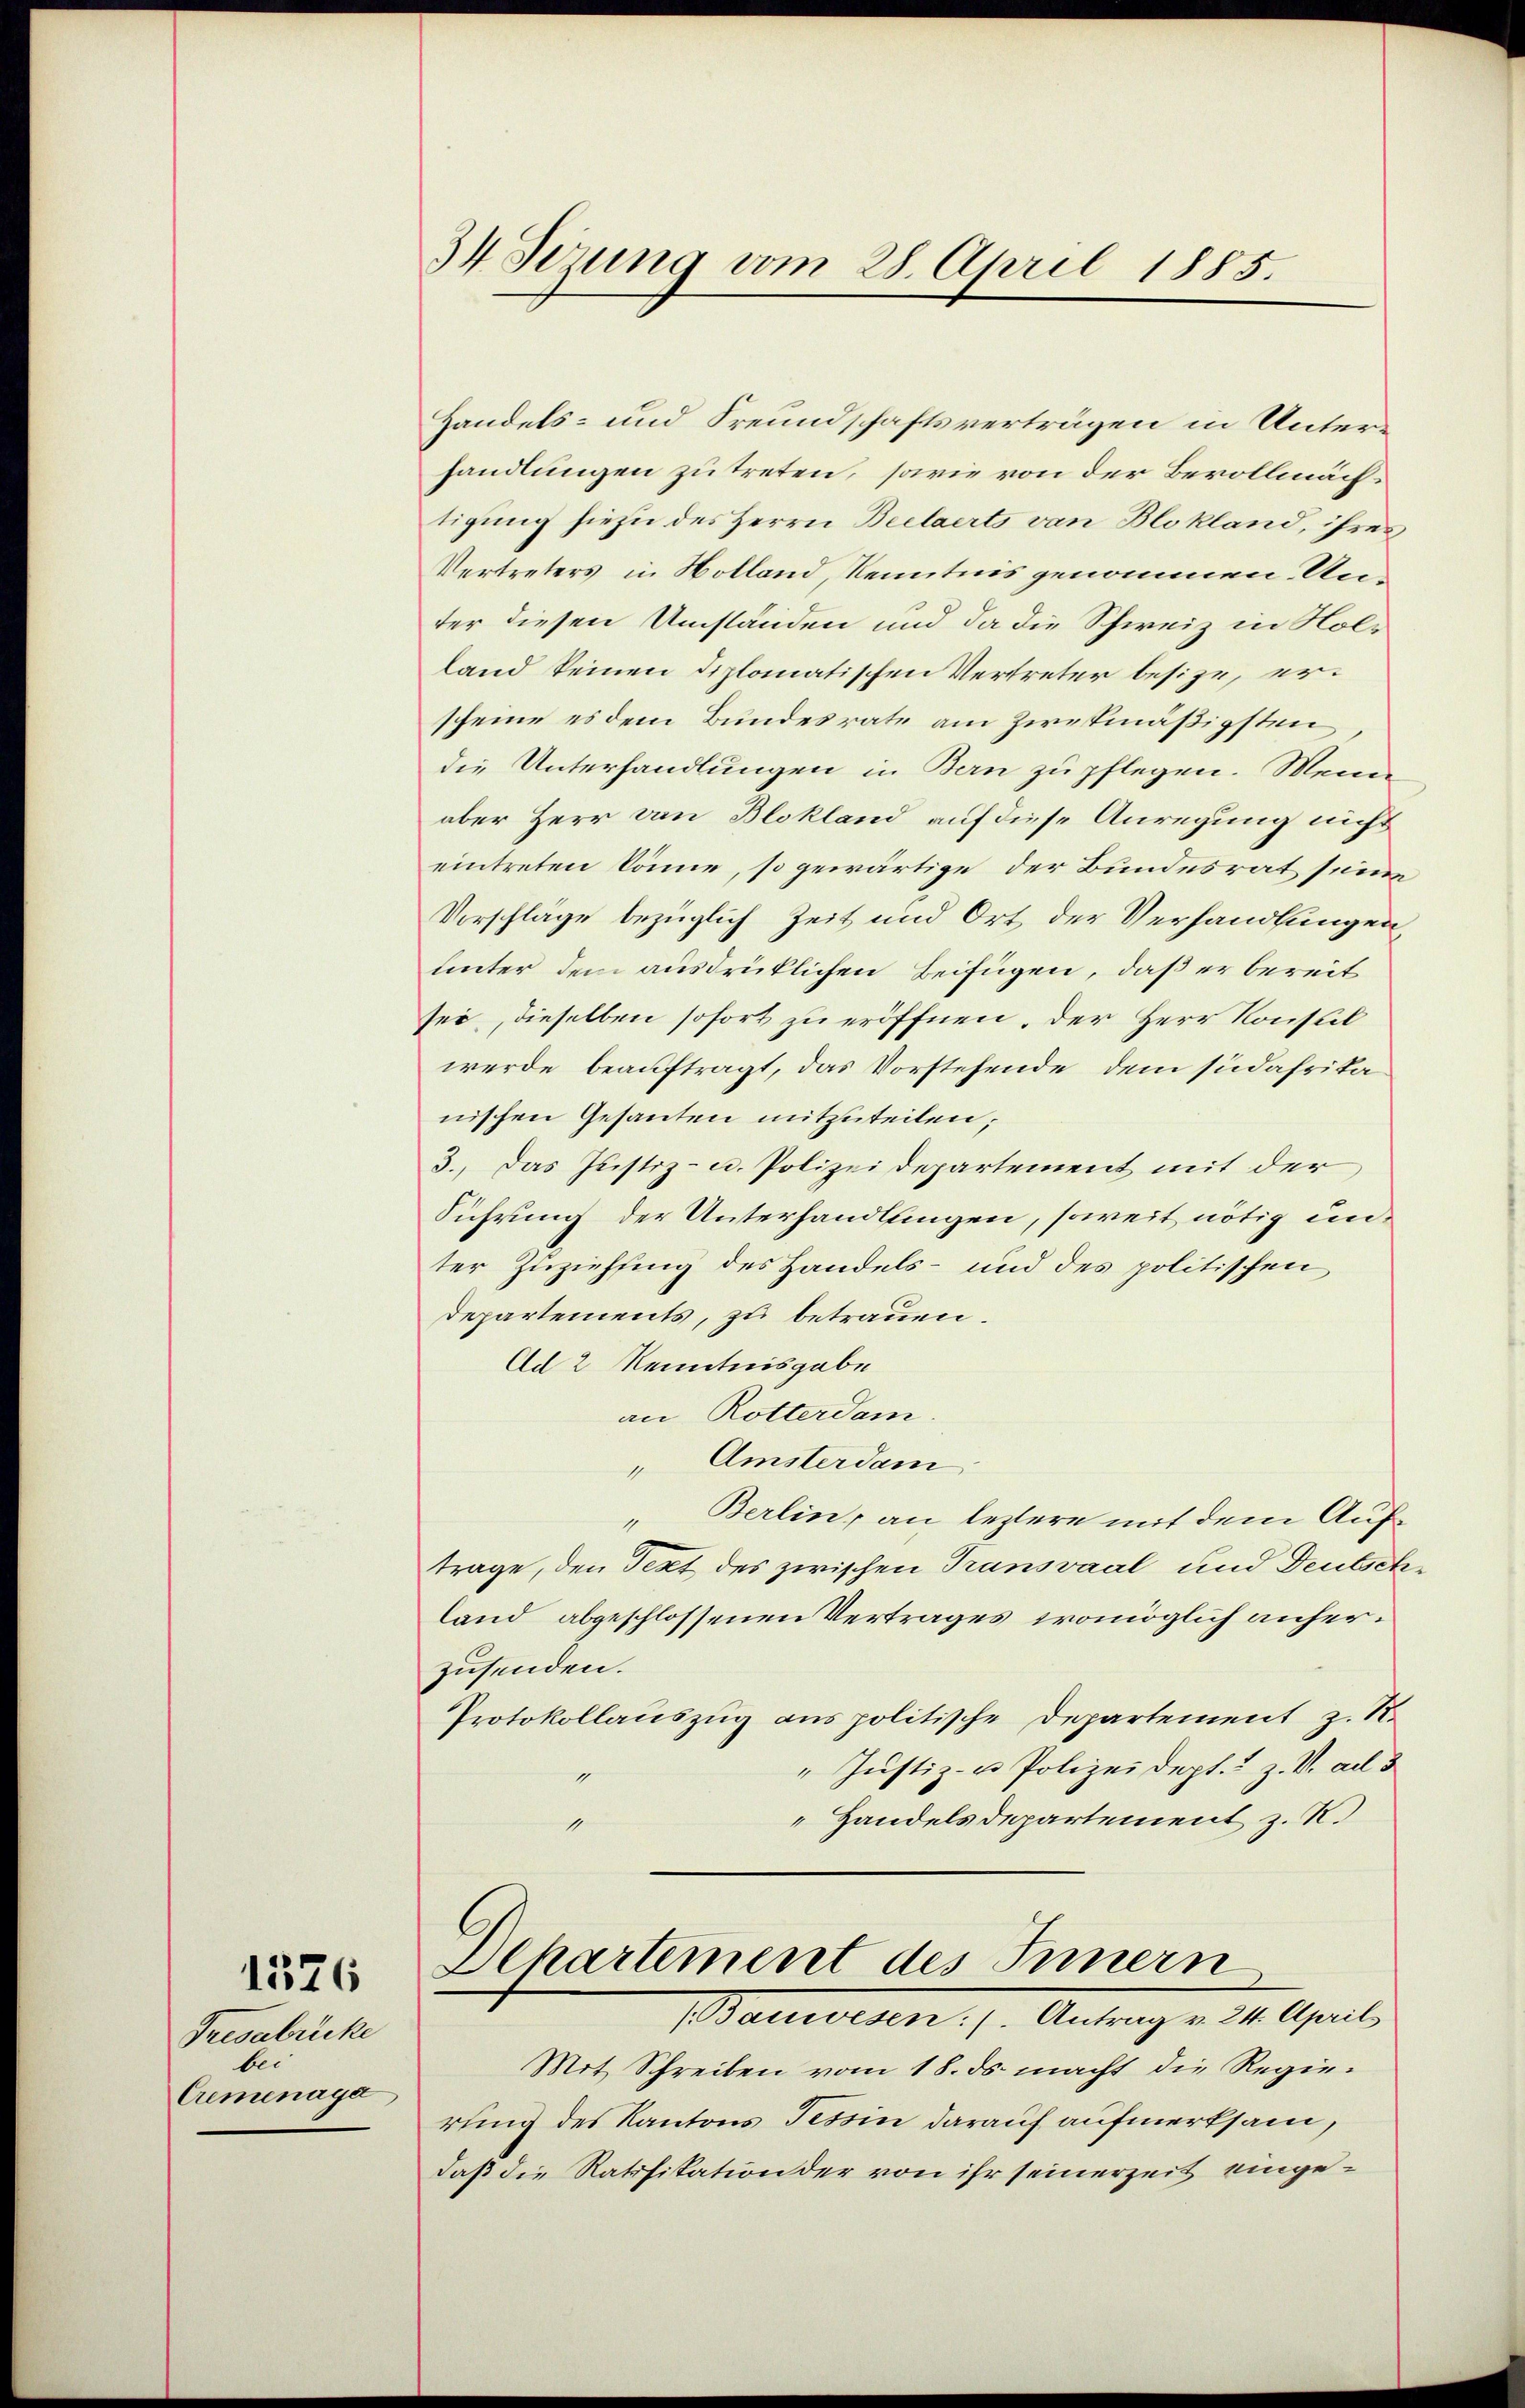
Tresabrücke
ber
Cremenage

1376

34 Sezung vom 28. April 1885.

Handels- und Freundschaftsverträgen in Unterhandlungen zu treten, sowie von der Bevollmächtigung hiezu des Herrn Beilaerts von Blokland, ihres
Vertreters in Holland, Kenntnis genommen. Unter diesen Umständen und da die Schweiz in Holland keinen diplomatischen Vertreter besize, erscheine es dem Bundesrate am zwekmäßigsten
die Unterhandlungen in Bern zu pflegen. Mein
aber Herr von Blokland auf diese Anregung nicht
eintreten könne, so gewärtige der Bundesrat seine
Vorschlage bezüglich Zeit und Ort der Verhandlungen
unter dem ausdrücklichen Beifügen, daß er bereit
sei, dieselben sofort zu eröffnen, der Herr Konsul
werde beauftragt, das Vorstehende, dem südafrika
nischen Gesanten mitzuteilen;
3. Das Justiz- u. Polizeidepartement mit der
Führung der Unterhandlungen, soweit nötig unter Zuziehung des Handels- und des politischen
Departements, zu betrauen.
Ad 2 Kenntnisgabe
an Rotterdam.
" Amsterdam
Berlin, an leztere mit dem Auftrage, den Text des zwischen Transvaal und Deutschland abgeschlossenen Vertrages womöglich anherzusenden.
Protokollauszug aus politische Departement z. R.
"Justiz- u. Polizeidept. 1 Z. V. ad 3
1
 Handelsdepartement z. R.
1
Dehartement des Innern
Balliseren 1. Antrag v. M. April.
Mit Schreiben vom 18. ds. macht die Regierung des Kantons Tessin darauf aufmerksam,
daß die Ratifikation der von ihr seinerzeit einge¬